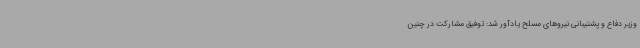
وزیر دفاع و پشتیبانی نیروهای مسلح یادآور شد: توفیق مشارکت در چنین